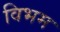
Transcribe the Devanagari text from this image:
विभम